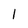
Character: l